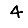
Digit: 4